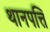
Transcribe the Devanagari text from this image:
थानपत्ति